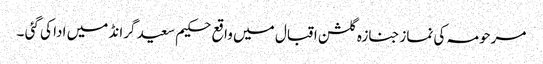
مرحومہ کی نمازجنازہ گلشن اقبال میں واقع حکیم سعید گرانڈ میں ادا کی گئی ۔